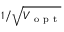
1 / \sqrt { V _ { \mathrm { ~ o ~ p ~ t ~ } } }